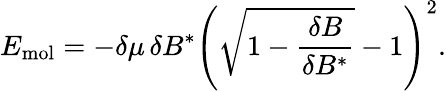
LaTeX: E_{\mathrm{mol}}=-\delta\mu\, \delta B^{*}\left(\sqrt{1-\frac{\delta B}{\delta B^{*}}}-1\right)^{2}.